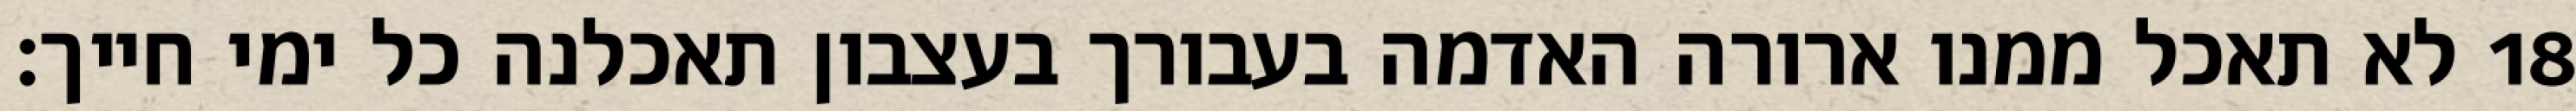
לא תאכל ממנו ארורה האדמה בעבורך בעצבון תאכלנה כל ימי חייך׃ ‎18‏